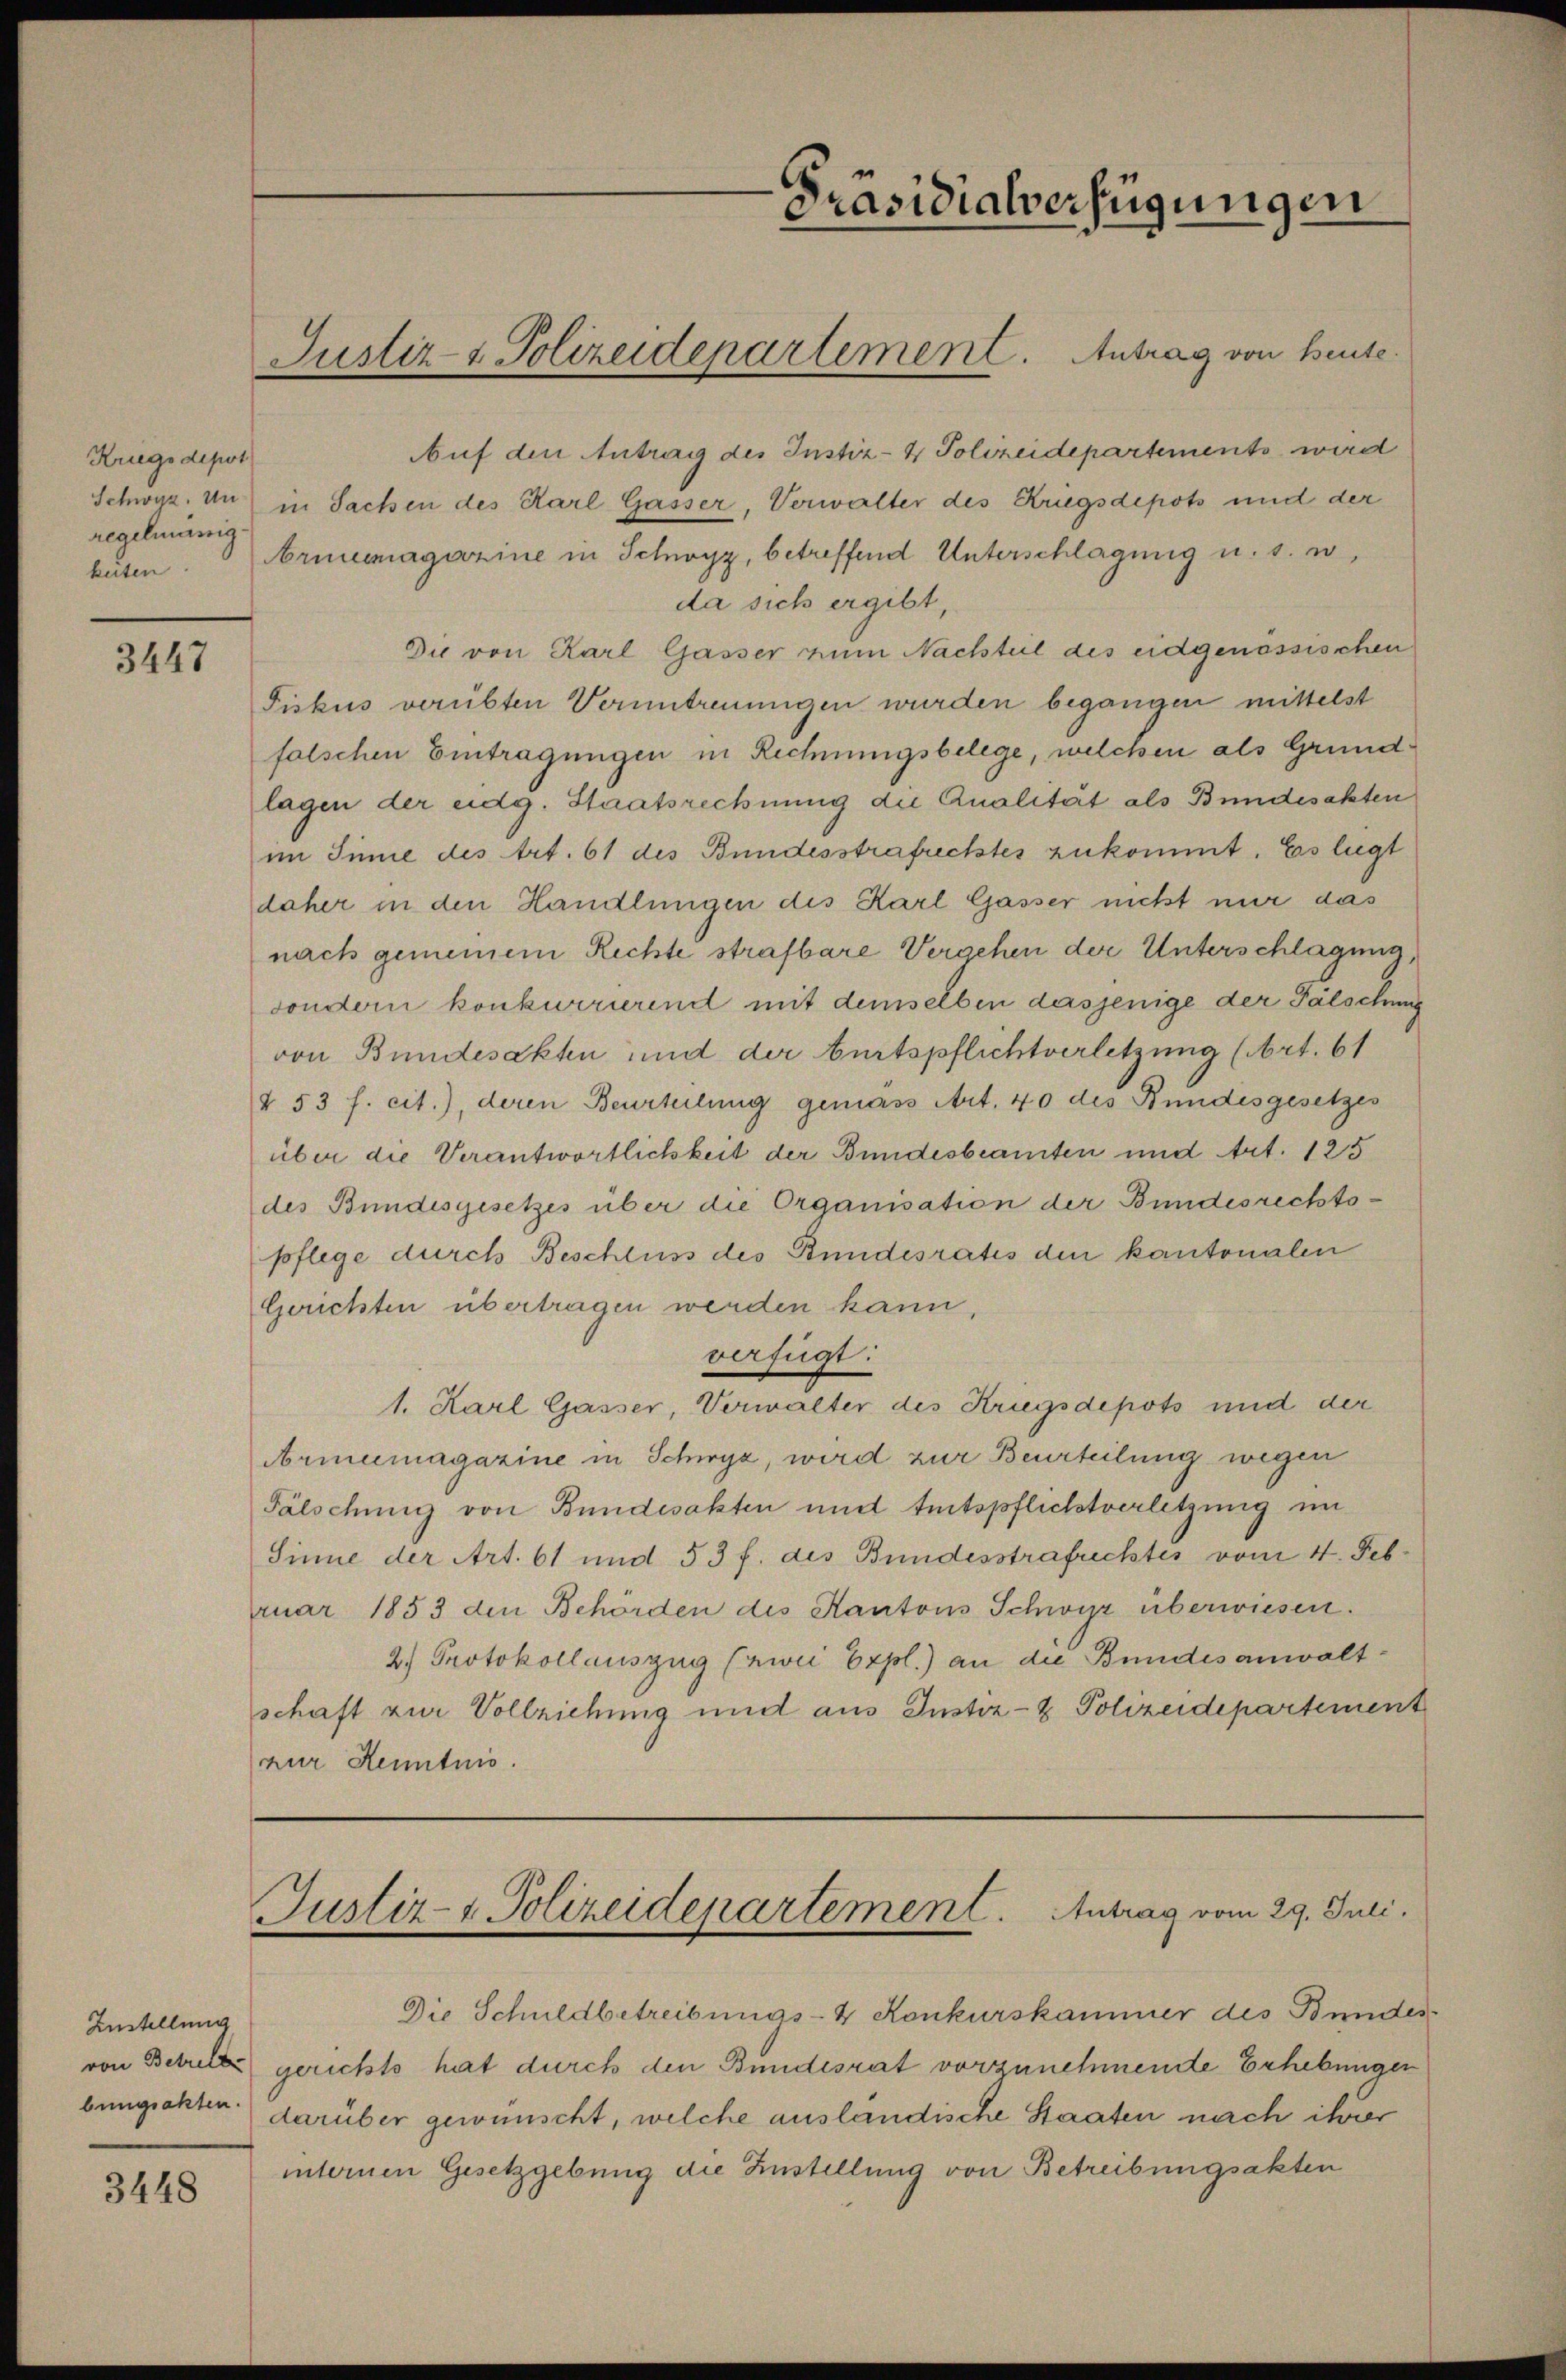
Kriegsdepot
regelmanig
beiten

3447

Zustellung
bungsakten.

3448

Auf den Antrag des Instiz- & Polizeidepartements wird
Schwyz. Un in Sachen des Karl Gasser, Verwalter des Kriegsdepots und der
rmemagazine in Schwyz, betreffend Unterschlagung u. s. w.
da sich ergibt,
Die von Karl Gasser zum Nachteil des eidgenössischen
Fiskus verübten Veruntreuungen wurden begangen mittelst
falschen Eintragungen in Rechnungsbelege, welchen als Grundlagen der eidg. Staatsrechnung die Qualität als Bundesakten
im Sinne des Art. 61 des Bundesstrafrechtes zukommt. Es liegt
daher in den Handlungen des Karl Gasser nicht nur das
nach gemeinem Rechte strafbare Vergehen der Unterschlagung,
sondern konkurrirend mit demselben dasjenige der Fälschung
von Bundesakten und der burtspflichtverletzung (Art. 61
§ 53 f. cit.), deren Beurteilung gemäss Art. 40 des Bundesgesetzes
über die Verantwortlichkeit der Bundesbeamten und Art. 125
des Bundesgesetzes über die Organisation der Bundesrechts-
pflege durch Beschluss des Bundesratis den kantonalen
Gerichten übertragen werden kann,
verfügt:
1. Karl Gasser, Verwalter des Kriegsdepots und der
Armeemagazine in Schwyz, wird zur Beurteilung wegen
Fälschung von Bundesakten und Amtspflichtverletzung im
Sinne der Art. 61 und 53 f. des Bundesstrafuchtes vom 4. Feb.
ruar 1853 den Behörden des Kantons Schwyz überwiesen.
2) Protokollauszug (zwei Expl.) an die Bundesanwaltschaft zur Vollziehung und aus Justiz- & Polizeidepartement
zur Kenntnis.

Justiz- & Polizeidepartement. Antrag von heute.

Präsidialverfügungen

Justiz- & Polizeidepartement. Antrag vom 29. Juli.

Die Schuldbetreibungs- & Konkurskammer des Bundes
von Betrette gerichts hat durch den Bundesrat vorzunehmende Erhebungen
darüber gewünscht, welche ausländische Staaten nach ihrer
internen Gesetzgebung die Zustellung von Betreibungsakten